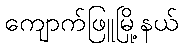
ကျောက်ဖြူမြို့နယ်